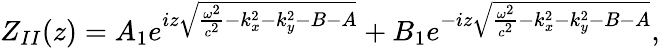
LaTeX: Z_{II}(z)=A_{1}e^{iz\sqrt{\frac{\omega^{2}}{c^{2}}-k_{x}^{2}-k_{y}^{2}-B-A}}+B_{1}e^{-iz\sqrt{\frac{\omega^{2}}{c^{2}}-k_{x}^{2}-k_{y}^{2}-B-A}},